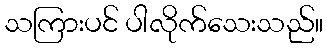
သကြားပင် ပါလိုက်သေးသည်။